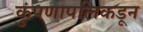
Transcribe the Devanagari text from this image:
कुंपणापलिकडून